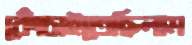
কোঁচাইতেছিলাম